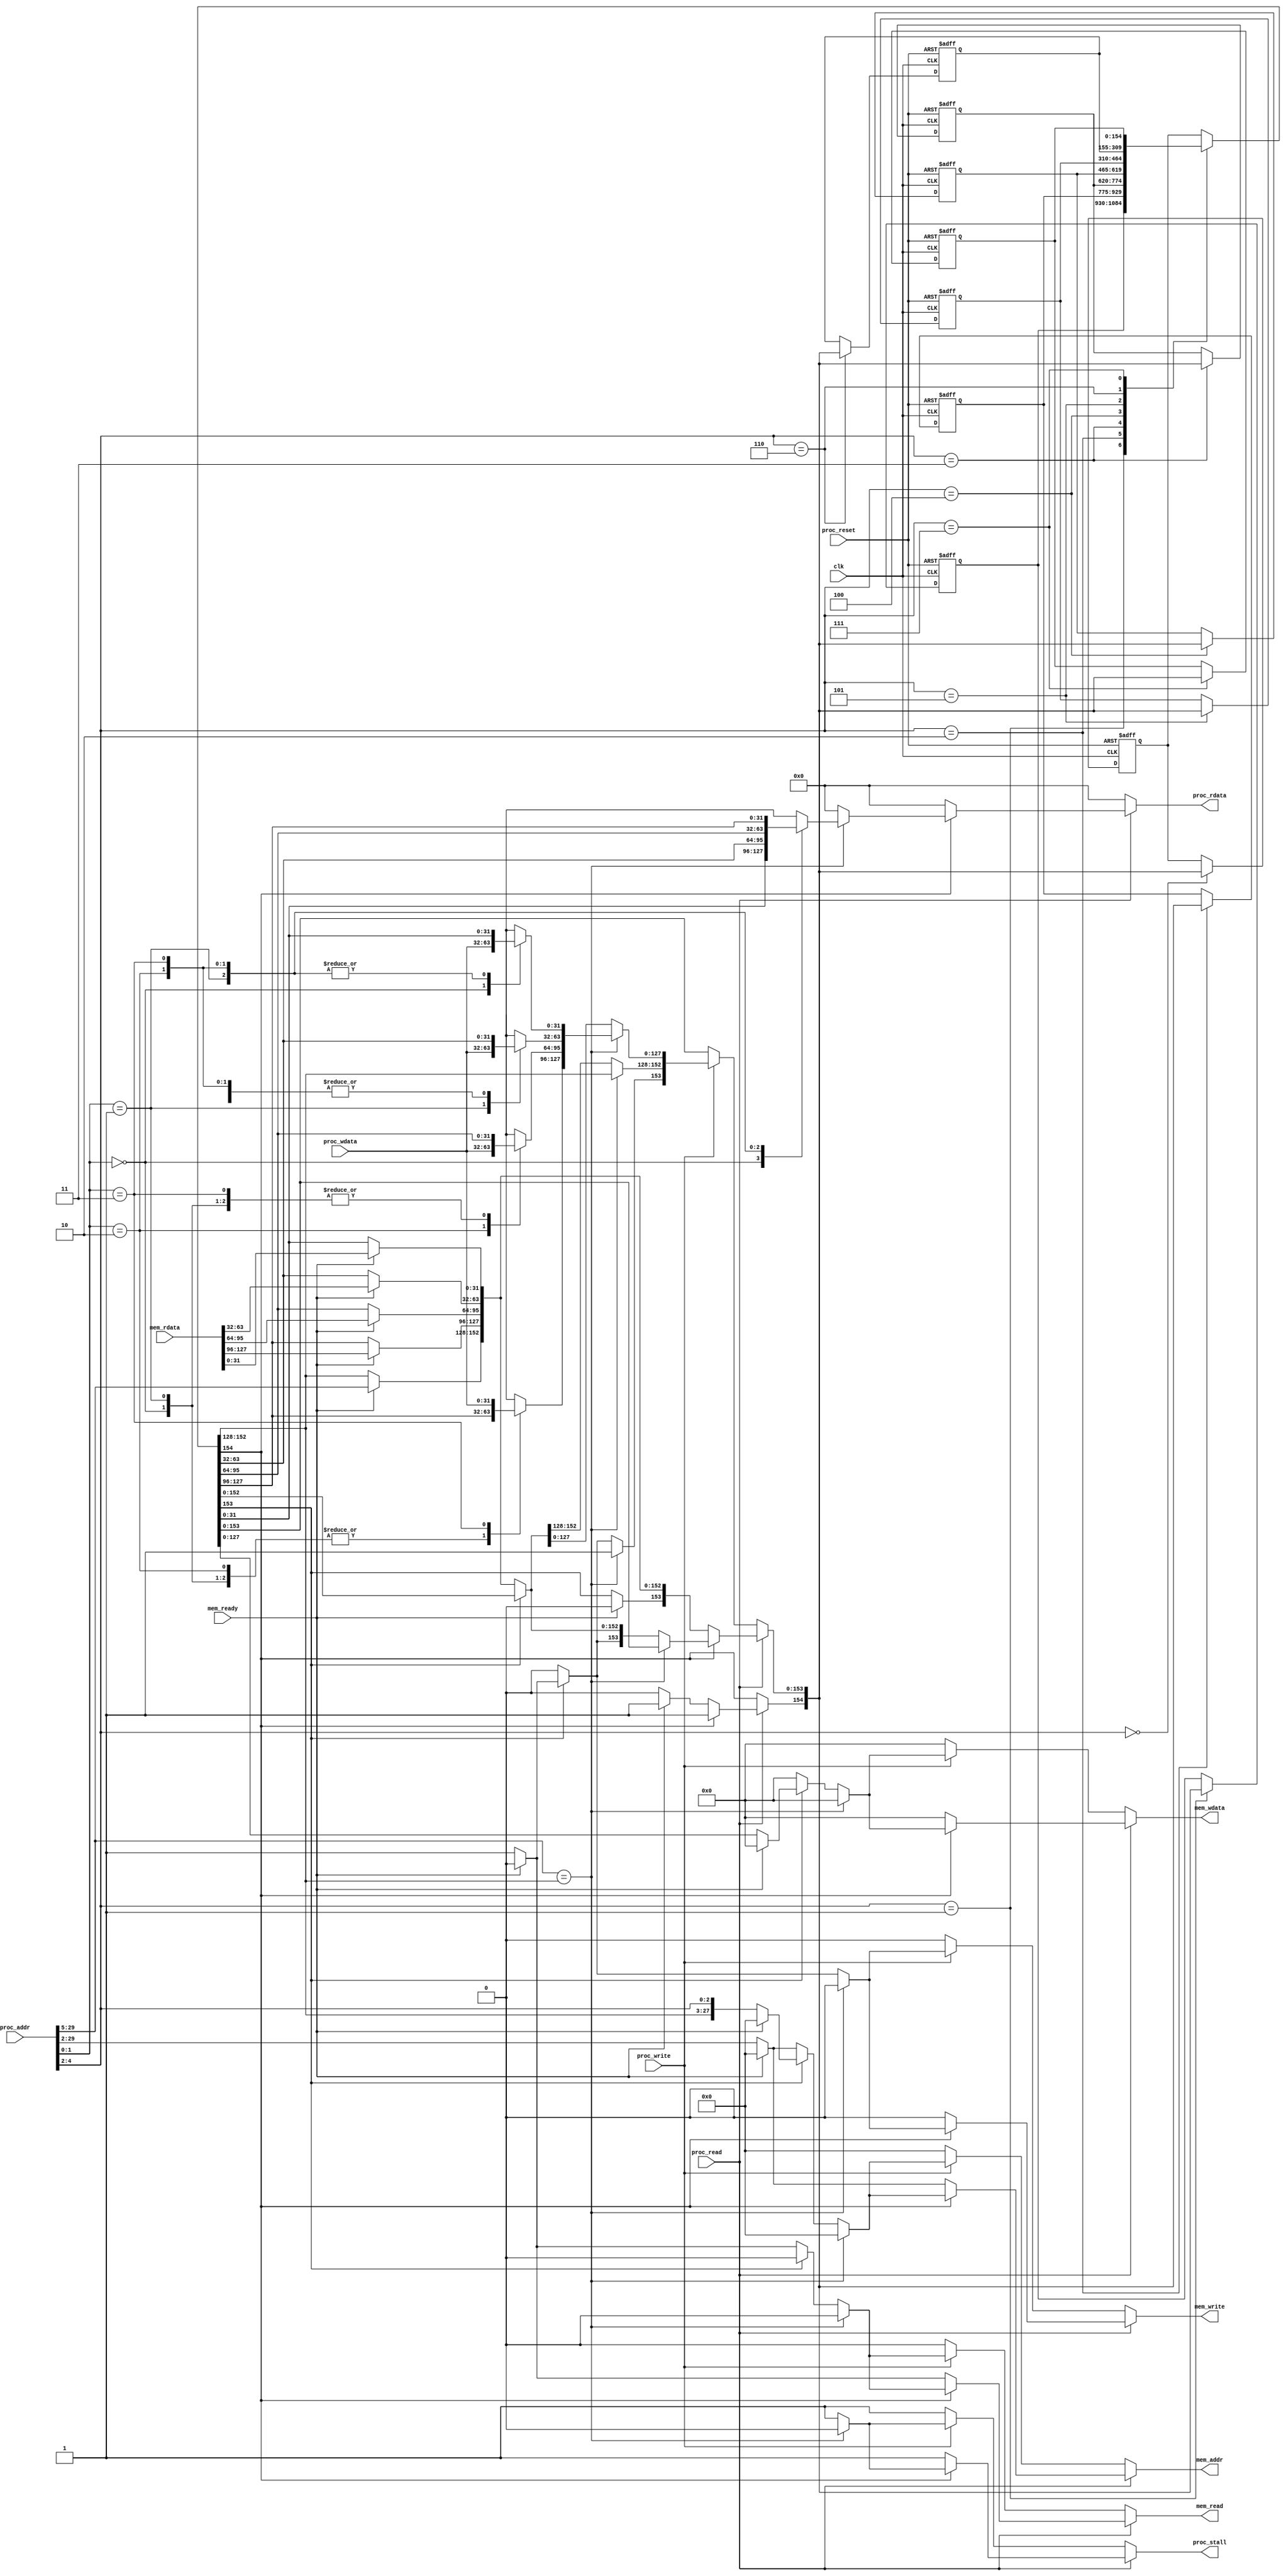
module cache(
    clk,
    proc_reset,
    proc_read,
    proc_write,
    proc_addr,
    proc_wdata,
    proc_stall,
    proc_rdata,
    mem_read,
    mem_write,
    mem_addr,
    mem_rdata,
    mem_wdata,
    mem_ready
);
    
//==== input/output definition ============================
    input          clk;
    // processor interface
    input          proc_reset;
    input          proc_read, proc_write;
    input   [29:0] proc_addr;
    input   [31:0] proc_wdata;
    output   reg      proc_stall;
    output  reg[31:0] proc_rdata;
    // memory interface
    input  [127:0] mem_rdata;
    input          mem_ready;
    output    reg     mem_read, mem_write;
    output  reg[27:0] mem_addr;
    output reg[127:0] mem_wdata;
    
//==== wire/reg definition ================================

    reg [24:0] tag;
    reg  [2:0] index;
    reg  [1:0] block_offset;
    reg  [29:0] proc_addr_r;
    reg  [5:0]  block_number;
    reg  [24:0] cache_tag,cache_tag_next; 
    reg [154:0] CACHE [7:0];
    reg [154:0] CACHE_next [7:0];

    reg [31:0]set_1,set_2,set_3,set_4; //for debug
    reg valid,dirty,dirty_next;
    reg [1:0]state,next_state;
    reg [7:0]dirty_all;
    reg equal;
    integer i;
    reg [154:0]block;

    
//==== combinational circuit ==============================



always @(*) begin

    tag=proc_addr[29:5]; //25 bit
    index=proc_addr[4:2];
    block_offset=proc_addr[1:0];
    valid=CACHE[index][154];
    dirty=CACHE[index][153];
    proc_stall=1;
    block=CACHE[index];
    mem_read=0;
    mem_write=0;
    mem_addr=0;
    mem_wdata=0;
    proc_rdata=0;
    

if (proc_read) begin//read

    if (block[154]) begin //valid

        if (tag==block[152:128]) begin //hit

         case(block_offset)
            2'b00:proc_rdata=block[31:0];
            2'b01:proc_rdata=block[63:32];
            2'b10:proc_rdata=block[95:64];
            2'b11:proc_rdata=block[127:96];
            endcase
            proc_stall=0;

                    set_1=CACHE[index][31:0];
                    set_2=CACHE[index][63:32];
                    set_3=CACHE[index][95:64];
                    set_4=CACHE[index][127:96];
        end//hit

        else begin //miss

         proc_stall = 1; 
                
                    if(~block[153]) begin
                        if(~mem_ready) begin
                            mem_read=1;
                            mem_write=0;
                            mem_addr=proc_addr[29:2];
                        end
                        
                        else begin
                            mem_read  = 0;
                            mem_write = 0;
                            block[127:96]   = mem_rdata[127:96];
                            block[95:64]    = mem_rdata[95:64];
                            block[63:32]    = mem_rdata[63:32];
                            block[31:0]     = mem_rdata[31:0];
                            block[152:128]  = proc_addr[29:5];
                          
                        end
                    end
                    else begin
                        
                        if(~mem_ready) begin
                            mem_write=1;
                            mem_read=0;
                            mem_addr={block[152:128],index}; 
                            mem_wdata=block;
                        end
                        
                        else begin
                            block[153] = 0;
                        end
                    end

        
            
        end//miss


        
    end//valid

    else begin//not valid

                 proc_stall = 1;
                if (~mem_ready) begin
                    mem_read  = 1;
                    mem_write = 0;
                    mem_addr  = proc_addr[29:2];
                end
                
                else begin
                    mem_read  = 0;
                    mem_write = 0;
                    block[127:96]   = mem_rdata[127:96];
                    block[95:64]    = mem_rdata[95:64];
                    block[63:32]    = mem_rdata[63:32];
                    block[31:0]     = mem_rdata[31:0];
                    block[152:128]  = proc_addr[29:5];
                    block[154]= 1;
                    block[153]= 0;
                end


                    set_1=CACHE[index][31:0];
                    set_2=CACHE[index][63:32];
                    set_3=CACHE[index][95:64];
                    set_4=CACHE[index][127:96];
    end//not valid


    
end//proc_read

else if (proc_write)begin//proc_write

    if (tag==block[152:128]) begin//write hit

    case(block_offset)
                    2'b00:block[31:0]=proc_wdata;
                    2'b01:block[63:32]=proc_wdata;
                    2'b10:block[95:64]=proc_wdata;
                    2'b11:block[127:96]=proc_wdata;

                    endcase

                    set_1=CACHE[index][31:0];
                    set_2=CACHE[index][63:32];
                    set_3=CACHE[index][95:64];
                    set_4=CACHE[index][127:96];

                    block[153]=1;
                    proc_stall=0;

        
    end//write bit

    else begin//write miss

        proc_stall = 1; 
                    if(~block[153]) begin
                        if(~mem_ready) begin
                            mem_read=1;
                            mem_write=0;
                            mem_addr=proc_addr[29:2];
                        end
                        
                        else begin
                            mem_read  = 0;
                            mem_write = 0;
                
                           block[127:96]    = mem_rdata[127:96];
                            block[95:64]    = mem_rdata[95:64];
                            block[63:32]    = mem_rdata[63:32];
                            block[31:0]     = mem_rdata[31:0];
                            block[152:128]  = proc_addr[29:5];
                            
                        end
                    end
                
                    else begin
                        
                        if(~mem_ready) begin
                            mem_read=0;
                            mem_write=1;
                            mem_addr={block[152:128],index}; 
                            mem_wdata=block;
                        end
                        
                        else begin
                            block[153] = 0;
                        end
                    end


        
        
    end//write miss


end//proc write

else begin
    proc_stall=1;
    mem_read=0;
    mem_addr=0;
    mem_wdata=0;
    proc_rdata=0;
    mem_write=0;
    mem_read=0;
end
    
end//always



//==== sequential circuit =================================
always@( posedge clk or posedge proc_reset ) begin
    if( proc_reset ) begin
    
    for (i=0;i<8;i=i+1)
                CACHE[i] <= 155'b0; 
            
        end

    else begin

      CACHE[index] <= block;
    
    end
end

endmodule